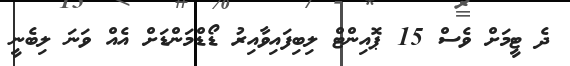
ދެ ޓީމަށް ވެސް 15 ޕޮއިންޓް ލިބިފައިވާއިރު ޑޯޑްމަންޑަށް އެއް ވަނަ ލިބެނީ